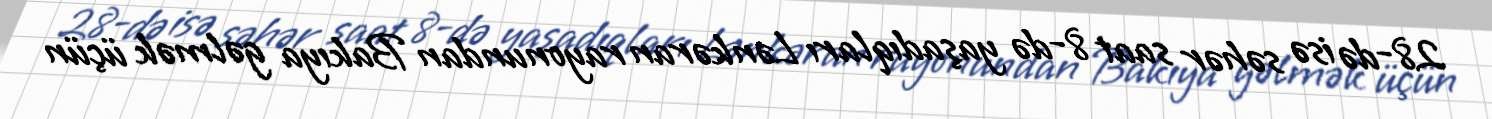
28-də isə səhər saat 8-də yaşadıqları Lənkəran rayonundan Bakıya gəlmək üçün